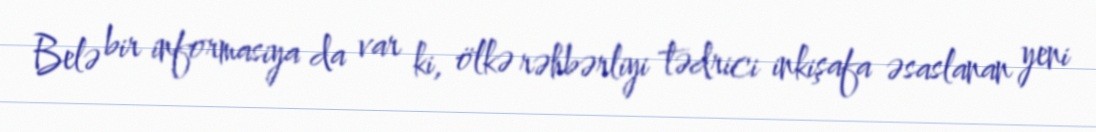
Belə bir informasiya da var ki, ölkə rəhbərliyi tədrici inkişafa əsaslanan yeni